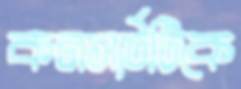
কনসার্টটিকে